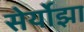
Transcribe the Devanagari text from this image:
सेर्योझा